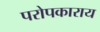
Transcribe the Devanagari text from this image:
परोपकाराय